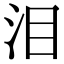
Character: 泪